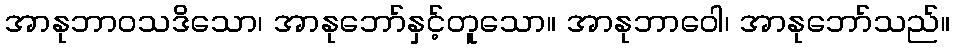
အာနုဘာဝသဒိသော၊ အာနုဘော်နှင့်တူသော။ အာနုဘာဝေါ၊ အာနုဘော်သည်။